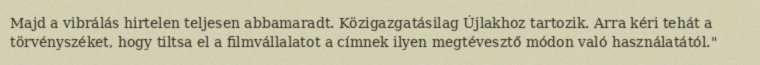
Majd a vibrálás hirtelen teljesen abbamaradt. Közigazgatásilag Újlakhoz tartozik. Arra kéri tehát a törvényszéket, hogy tiltsa el a filmvállalatot a címnek ilyen megtévesztő módon való használatától."